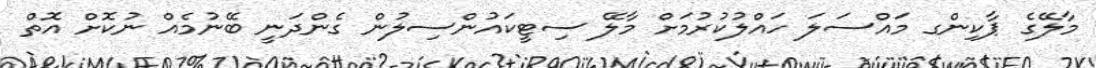
މާލޭގެ ޕާކިންގ މައްސަލަ ހައްލުކުރުމަށް މާލޭ ސިޓީކައުންސިލުން ގެންދަނީ ބޭނުމެއް ނުކޮށް އޮތް